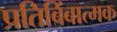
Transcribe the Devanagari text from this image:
प्रतिबिंबात्मक